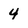
Character: 4